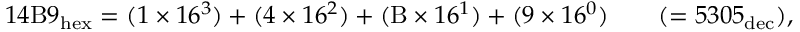
1 4 \mathrm { B } 9 _ { \mathrm { h e x } } = ( 1 \times 1 6 ^ { 3 } ) + ( 4 \times 1 6 ^ { 2 } ) + ( \mathrm { B } \times 1 6 ^ { 1 } ) + ( 9 \times 1 6 ^ { 0 } ) \qquad ( = 5 3 0 5 _ { \mathrm { d e c } } ) ,